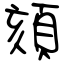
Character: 頦